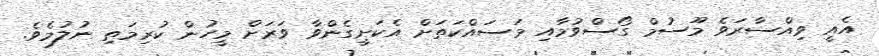
އެއީ ވިއްސާރަވެ މޫސުމް ގޯސްވުމާއި މަސައްކަތަށް އެކަށީގެންވާ ވަރަށް މީހުން ކުރިމަތި ނުލުމެވެ.